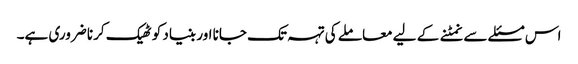
اس مسئلے سے نمٹنے کے لیے معاملے کی تہہ تک جانا اور بنیاد کو ٹھیک کرنا ضروری ہے۔